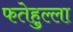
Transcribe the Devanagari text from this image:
फतेहुल्ला